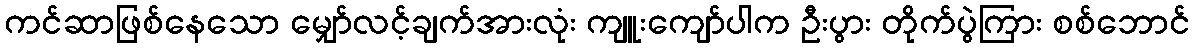
ကင်ဆာဖြစ်နေသော မျှော်လင့်ချက်အားလုံး ကျူးကျော်ပါက ဦးပွား တိုက်ပွဲကြား စစ်ဘောင်